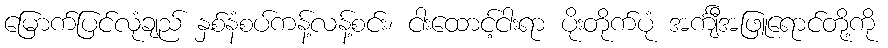
မြောက်ပြင်လုံချည် နှစ်နံစပ်ကန့်လန့်စင်း၊ ငါးထောင့်ငါးရာ ပိုးတိုက်ပုံ အင်္ကျီအဖြူရောင်တို့ကို